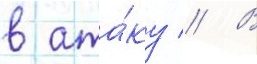
в ата́ку // В